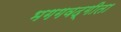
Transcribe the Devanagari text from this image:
भगगवद्गीता